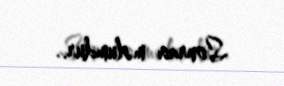
Sonrası məlumdur..